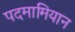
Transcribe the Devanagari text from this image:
पदमामियान